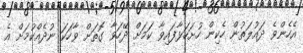
އެހެންވެ ދައުލަތުން ހެކިން ހުށަހަޅާފައިވާ ކަމަށް ދޭހަވާ ގޮތަށް ވާހަކަ ނުދެއްކުމަށް އެ